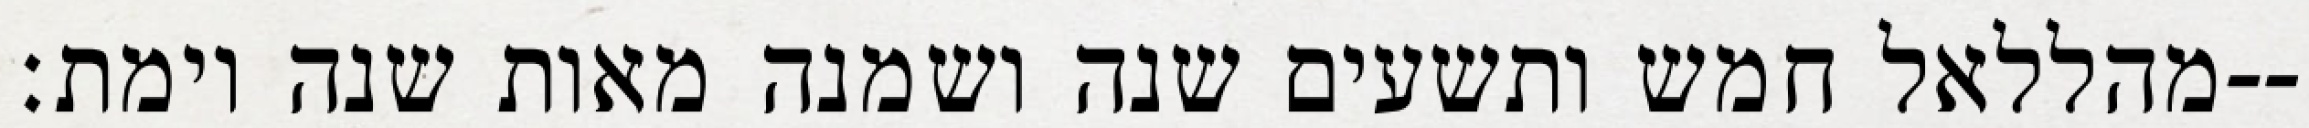
מהללאל חמש ותשעים שנה ושמנה מאות שנה וימת׃--